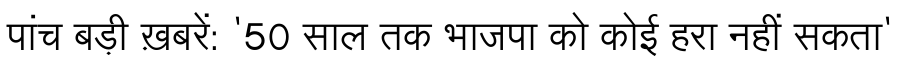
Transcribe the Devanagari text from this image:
पांच बड़ी ख़बरें: '50 साल तक भाजपा को कोई हरा नहीं सकता'